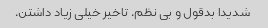
شدیدا بدقول و بی نظم. تاخیر خیلی زیاد داشتن.